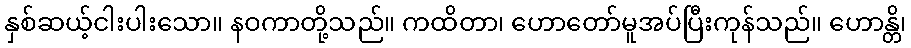
နှစ်ဆယ့်ငါးပါးသော။ နဝကာတို့သည်။ ကထိတာ၊ ဟောတော်မူအပ်ပြီးကုန်သည်။ ဟောန္တိ၊